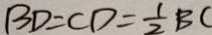
B D = C D = \frac { 1 } { 2 } B C